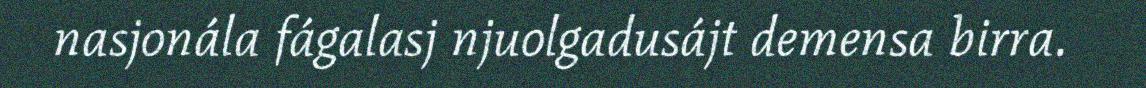
nasjonála fágalasj njuolgadusájt demensa birra.